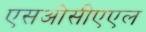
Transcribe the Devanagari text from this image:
एसओसीएएल